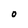
Character: O